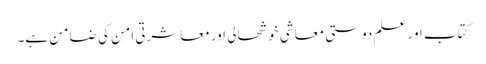
کتاب اور علم دوستی معاشی خوشحالی اور معاشرتی امن کی ضامن ہے۔